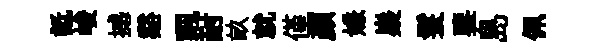
詆峻撼谿飄耐畝就僅颜嫌嶷鬟鑒島佩